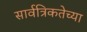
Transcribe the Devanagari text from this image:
सार्वत्रिकतेच्या